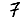
Digit: 7